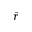
\bar { r }